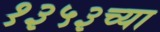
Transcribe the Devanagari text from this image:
१३५३च्या